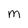
Character: M